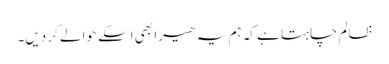
ظالم چاہتا ہے کہ ہم یہ ھیرا بھی اسکے حوالے کر دیں۔